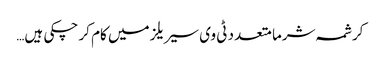
کرشمہ شرما متعدد ٹی وی سیریلز میں کام کر چکی ہیں…